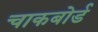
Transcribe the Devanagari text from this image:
चाकबोर्ड